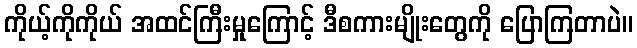
ကိုယ့်ကိုကိုယ် အထင်ကြီးမှုကြောင့် ဒီစကားမျိုးတွေကို ပြောကြတာပဲ။